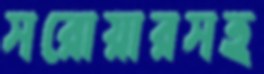
সরোয়ারসহ